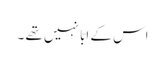
اس کے ابّا نہیں تھے ۔